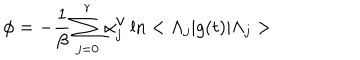
LaTeX: \phi = - \frac { 1 } { \beta } \sum _ { j = 0 } ^ { r } \alpha _ { j } ^ { \mathrm { v } } \ln < \Lambda _ { j } | g ( t ) | \Lambda _ { j } >